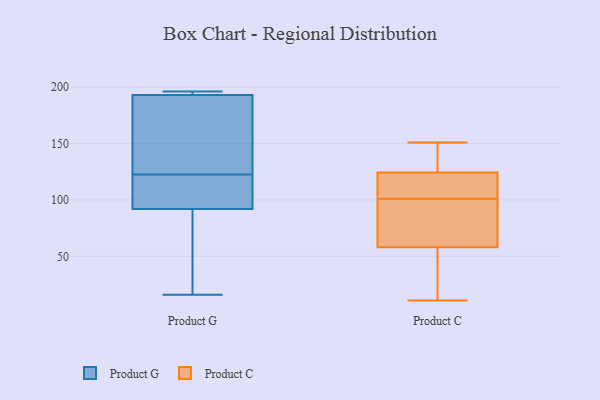
{"axis": {"x": "Market Share (%)", "y": "Value"}, "legend": ["Product C", "Product G"], "data": [{"x": "", "y": 196, "type": "Product G"}, {"x": "", "y": 193, "type": "Product G"}, {"x": "", "y": 92, "type": "Product G"}, {"x": "", "y": 109, "type": "Product G"}, {"x": "", "y": 163, "type": "Product G"}, {"x": "", "y": 196, "type": "Product G"}, {"x": "", "y": 136, "type": "Product G"}, {"x": "", "y": 16, "type": "Product G"}, {"x": "", "y": 59, "type": "Product G"}, {"x": "", "y": 101, "type": "Product G"}, {"x": "", "y": 101, "type": "Product C"}, {"x": "", "y": 50, "type": "Product C"}, {"x": "", "y": 151, "type": "Product C"}, {"x": "", "y": 18, "type": "Product C"}, {"x": "", "y": 103, "type": "Product C"}, {"x": "", "y": 122, "type": "Product C"}, {"x": "", "y": 138, "type": "Product C"}, {"x": "", "y": 52, "type": "Product C"}, {"x": "", "y": 79, "type": "Product C"}, {"x": "", "y": 92, "type": "Product C"}, {"x": "", "y": 11, "type": "Product C"}, {"x": "", "y": 76, "type": "Product C"}, {"x": "", "y": 149, "type": "Product C"}, {"x": "", "y": 121, "type": "Product C"}, {"x": "", "y": 125, "type": "Product C"}]}